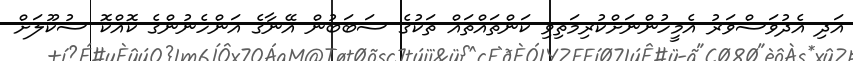
އަދި އެދުވަސްވަރު އެމީހުންނަށްކުރިމަތިވި ކަންތައްތައް ތަކުގެ ސަބަބުން އޭނާގެ އަންހެނުންގެ ކޮއްކޮ ސުކޫލަށް